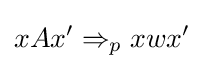
xAx'\Rightarrow _{p}xwx'